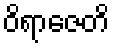
ဝိရာဇေတိ